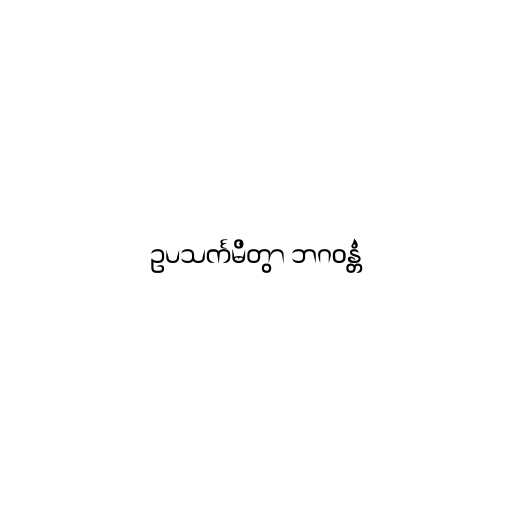
ဥပသင်္ကမိတွာ ဘဂဝန္တံ